Annual report of the Punjab Veterinary College and of the Civil Veterinary Department, Punjab - 1894-1908
Year: 1894
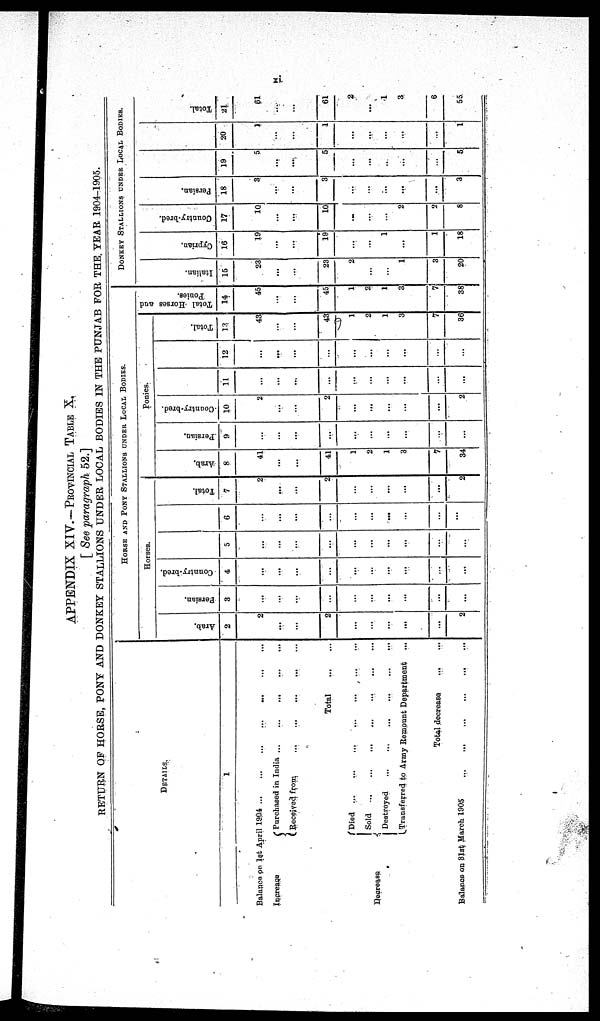
xi.
APPENDIX XIV.—PROVINCIAL TABLE X.
[ See paragraph 52.]
RETURN OF HORSE, PONY AND DONKEY STALLIONS UNDER LOCAL BODIES IN THE PUNJAB FOR THE. YEAR 1904-1905.
DETAILS
1
Balance on 1st April 1904
...
...
...
...
...
...
...
Increase
Purchased in India ... ... ... ...
Received from ... ... ... ... ...
Total
...
...
Decrease
Died ... ... ...
Sold ... ... ... ... ...
Destroyed ... ... ... ...
Transferred to Army Remount Department
...
Total decrease ... ...
Balance on 31st March 1905
...
...
...
...
...
...
HORSE AND PONY STALLION UNDER LOCAL BODIES.
Horses.
Arab,
2
2
...
...
2
...
...
...
...
...
2
Persian.
3
...
...
...
...
...
...
...
...
...
...
Country-bred.
4
...
...
...
...
...
...
...
...
...
...
5
...
...
...
...
...
...
...
...
...
...
6
...
...
...
...
...
...
...
...
...
...
Total.
7
2
...
...
2
...
...
...
...
...
2
Ponies.
Arab.
8
41
...
...
41
1
2
1
3
7
34
Persian.
9
...
...
...
...
...
...
...
...
...
...
Country-bred.
10
2
...
...
2
...
...
...
...
...
2
11
...
...
...
...
...
...
...
...
...
...
12
...
...
...
...
...
...
...
...
...
...
Total.
13
43
...
...
43
1
2
1
3
7
36
Total Horses and
Ponies.
14
45
...
...
45
1
2
1
3
7
38
DONKEY STALLIONS UNDER LOCAL BODIES.
I t al i an.
15
23
...
...
23
2
...
...
1
3
20
Cypr i
an.
16
19
...
...
19
...
...
1
...
1
18
Country-bred.
17
10
...
...
10
...
...
...
2
2
8
Persian.
18
3
...
...
3
...
...
...
...
...
3
19
5
...
...
5
...
...
...
...
...
5
20
1
...
...
1
...
...
...
...
...
1
Total.
21
61
...
...
61
2
...
1
3
6
55